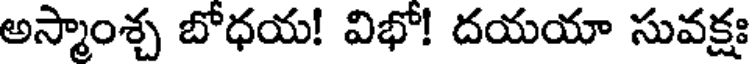
అస్మాంశ్చ బోధయ! విభో! దయయా సువక్షః